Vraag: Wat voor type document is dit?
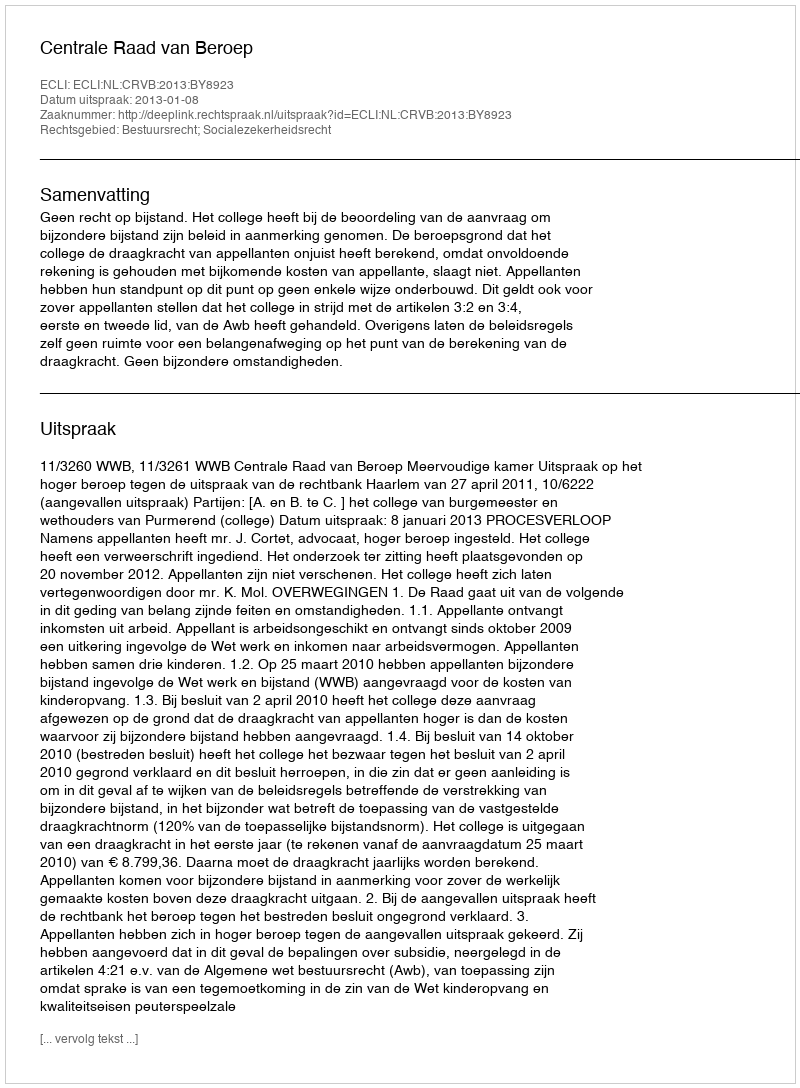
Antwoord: Uitspraak